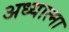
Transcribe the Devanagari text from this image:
अध्यात्मा